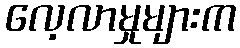
လေ့လာမှုများက